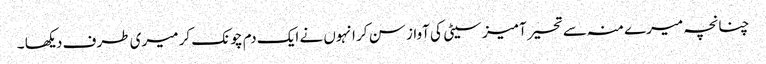
چنانچہ میرے منہ سے تحیر آمیز سیٹی کی آواز سن کر انہوں نے ایک دم چونک کر میری طرف دیکھا ۔